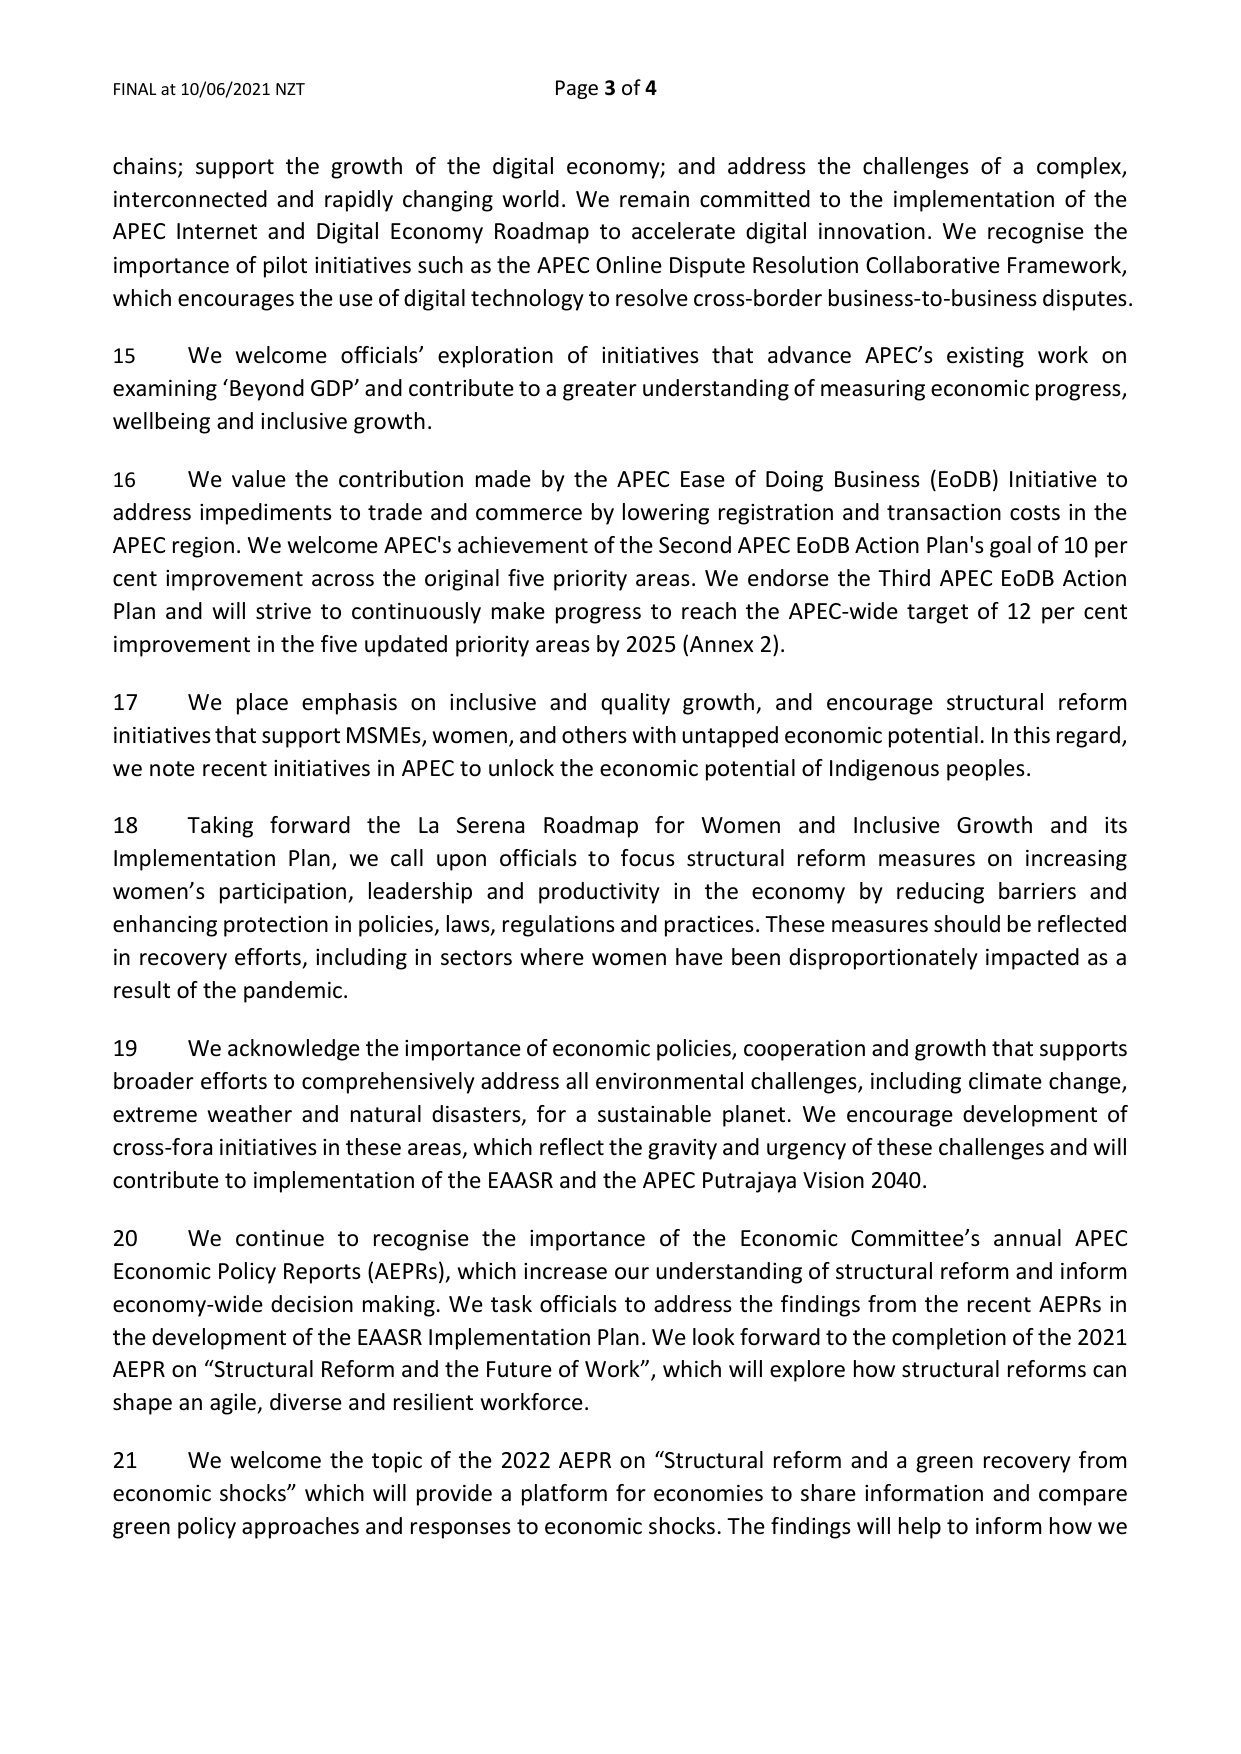
FINAL at 10/06/2021 NZT                                      Page 3 of 4

chains; support the growth of the digital economy; and address the challenges of a complex, interconnected and rapidly changing world. We remain committed to the implementation of the APEC Internet and Digital Economy Roadmap to accelerate digital innovation. We recognise the importance of pilot initiatives such as the APEC Online Dispute Resolution Collaborative Framework, which encourages the use of digital technology to resolve cross-border business-to-business disputes.

15     We welcome officials’ exploration of initiatives that advance APEC’s existing work on examining ‘Beyond GDP’ and contribute to a greater understanding of measuring economic progress, wellbeing and inclusive growth.

16     We value the contribution made by the APEC Ease of Doing Business (EoDB) Initiative to address impediments to trade and commerce by lowering registration and transaction costs in the APEC region. We welcome APEC’s achievement of the Second APEC EoDB Action Plan’s goal of 10 per cent improvement across the original five priority areas. We endorse the Third APEC EoDB Action Plan and will strive to continuously make progress to reach the APEC-wide target of 12 per cent improvement in the five updated priority areas by 2025 (Annex 2).

17     We place emphasis on inclusive and quality growth, and encourage structural reform initiatives that support MSMEs, women, and others with untapped economic potential. In this regard, we note recent initiatives in APEC to unlock the economic potential of Indigenous peoples.

18     Taking forward the La Serena Roadmap for Women and Inclusive Growth and its Implementation Plan, we call upon officials to focus structural reform measures on increasing women’s participation, leadership and productivity in the economy by reducing barriers and enhancing protection in policies, laws, regulations and practices. These measures should be reflected in recovery efforts, including in sectors where women have been disproportionately impacted as a result of the pandemic.

19     We acknowledge the importance of economic policies, cooperation and growth that supports broader efforts to comprehensively address all environmental challenges, including climate change, extreme weather and natural disasters, for a sustainable planet. We encourage development of cross-fora initiatives in these areas, which reflect the gravity and urgency of these challenges and will contribute to implementation of the EAASR and the APEC Putrajaya Vision 2040.

20     We continue to recognise the importance of the Economic Committee’s annual APEC Economic Policy Reports (AEPRs), which increase our understanding of structural reform and inform economy-wide decision making. We task officials to address the findings from the recent AEPRs in the development of the EAASR Implementation Plan. We look forward to the completion of the 2021 AEPR on “Structural Reform and the Future of Work”, which will explore how structural reforms can shape an agile, diverse and resilient workforce.

21     We welcome the topic of the 2022 AEPR on “Structural reform and a green recovery from economic shocks” which will provide a platform for economies to share information and compare green policy approaches and responses to economic shocks. The findings will help to inform how we